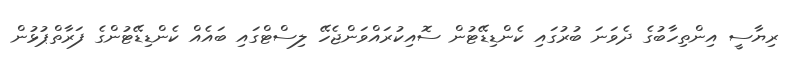
ރިޔާސީ އިންތިހާބުގެ ދެވަނަ ބުރުގައި ކެންޑިޑޭޓުން ސޮއިކުރައްވަންޖެހޭ ލިސްޓްގައި ބައެއް ކެންޑިޑޭޓުންގެ ފަރާތްޕުޅުން